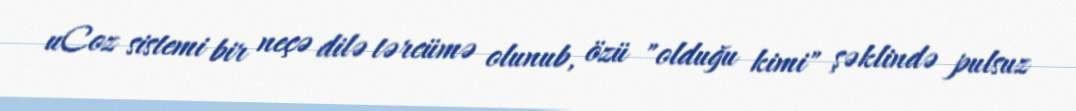
uCoz sistemi bir neçə dilə tərcümə olunub, özü "olduğu kimi" şəklində pulsuz